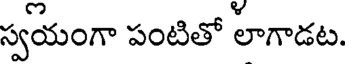
స్వయంగా పంటితో లాగాడట.